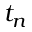
t _ { n }